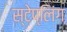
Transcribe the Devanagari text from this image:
स्टेप्लिंग